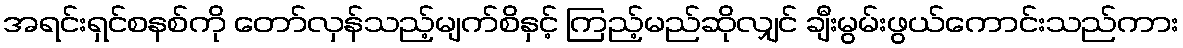
အရင်းရှင်စနစ်ကို တော်လှန်သည့်မျက်စိနှင့် ကြည့်မည်ဆိုလျှင် ချီးမွမ်းဖွယ်ကောင်းသည်ကား